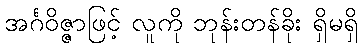
အင်္ဂဝိဇ္ဇာဖြင့် လူကို ဘုန်းတန်ခိုး ရှိမရှိ